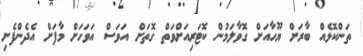
ތަންކޮޅެއް ބާރަށް ޔޫހާއަށް ގޮވާލަމުން ކޮޓަރިއަށްވަތް ގޮތަށް އަވަސް އަވަހަށް މާފަށް އެދެންފެށި